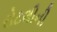
રોટલીની